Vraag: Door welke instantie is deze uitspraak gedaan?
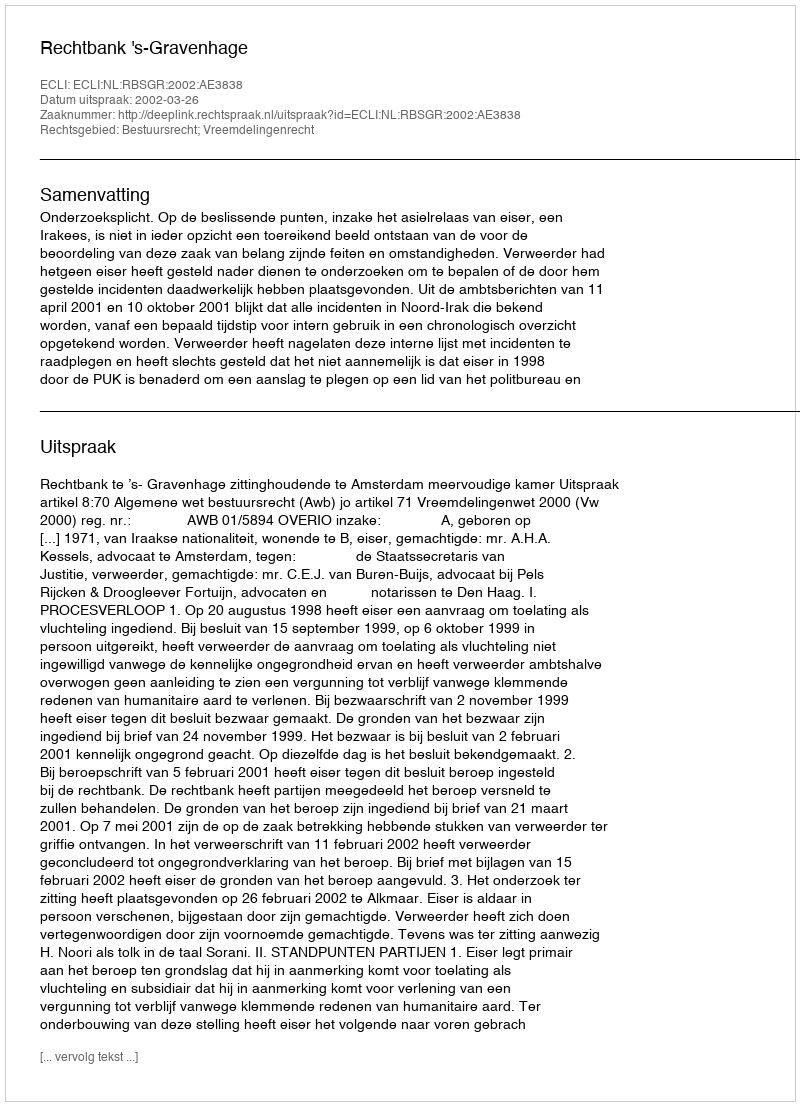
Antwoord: Rechtbank 's-Gravenhage